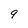
Character: 9